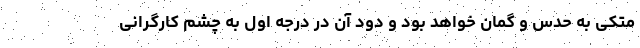
متکی به حدس و گمان خواهد بود و دود آن در درجه اول به چشم کارگرانی